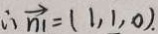
\therefore \overrightarrow { n } = ( 1 , 1 , 0 ) .